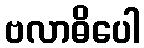
ဗလာဓိပေါ